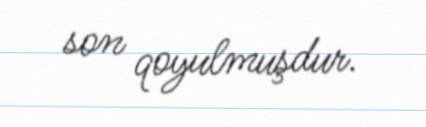
son qoyulmuşdur.